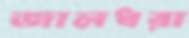
জালধরা